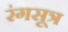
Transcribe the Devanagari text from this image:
रंगसूत्र